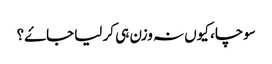
سوچا، کیوں نہ وزن ہی کر لیا جاۓ؟